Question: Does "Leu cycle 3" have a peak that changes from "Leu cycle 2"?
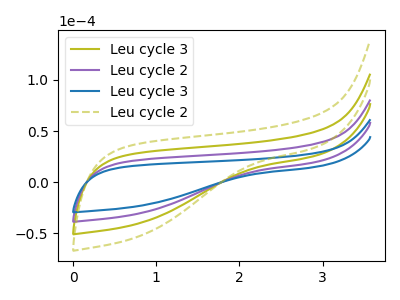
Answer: <think>The olive curve "Leu cycle 3" has no peaks. The purple curve "Leu cycle 2" has no peaks. The blue curve "Leu cycle 3" has no peaks. The olive dashed curve "Leu cycle 2" has no peaks.
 Neither "Leu cycle 3" or "Leu cycle 2" have any peaks.</think>
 <answer>No, "Leu cycle 3" and "Leu cycle 2" don't appear to be significantly different in shape</answer>
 <eval>no_change</eval>